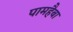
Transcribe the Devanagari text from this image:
पामहैबा